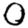
Digit: 0